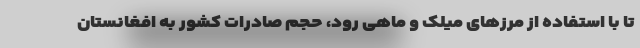
تا با استفاده از مرزهای میلک و ماهی رود، حجم صادرات کشور به افغانستان